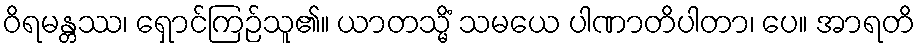
ဝိရမန္တဿ၊ ရှောင်ကြဉ်သူ၏။ ယာတသ္မိံ သမယေ ပါဏာတိပါတာ၊ ပေ။ အာရတိ